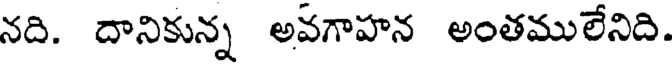
నది. దానికున్న అవగాహన అంతములేనిది.